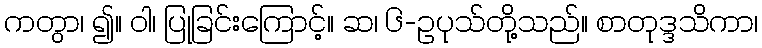
ကတွာ၊ ၍။ ဝါ၊ ပြုခြင်းကြောင့်။ ဆ၊ ၆-ဥပုသ်တို့သည်။ စာတုဒ္ဒသိကာ၊